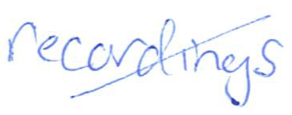
Text: recordings
Cross-out: diagonal
Writing tool: ballpoint